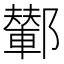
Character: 鄻